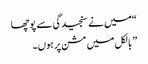
“میں نے سنجیدگی سے پوچھا
” بالکل میں مشن پر ہوں۔